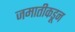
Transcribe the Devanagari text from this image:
जमातीकडून